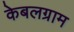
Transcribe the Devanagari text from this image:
केबलग्राम